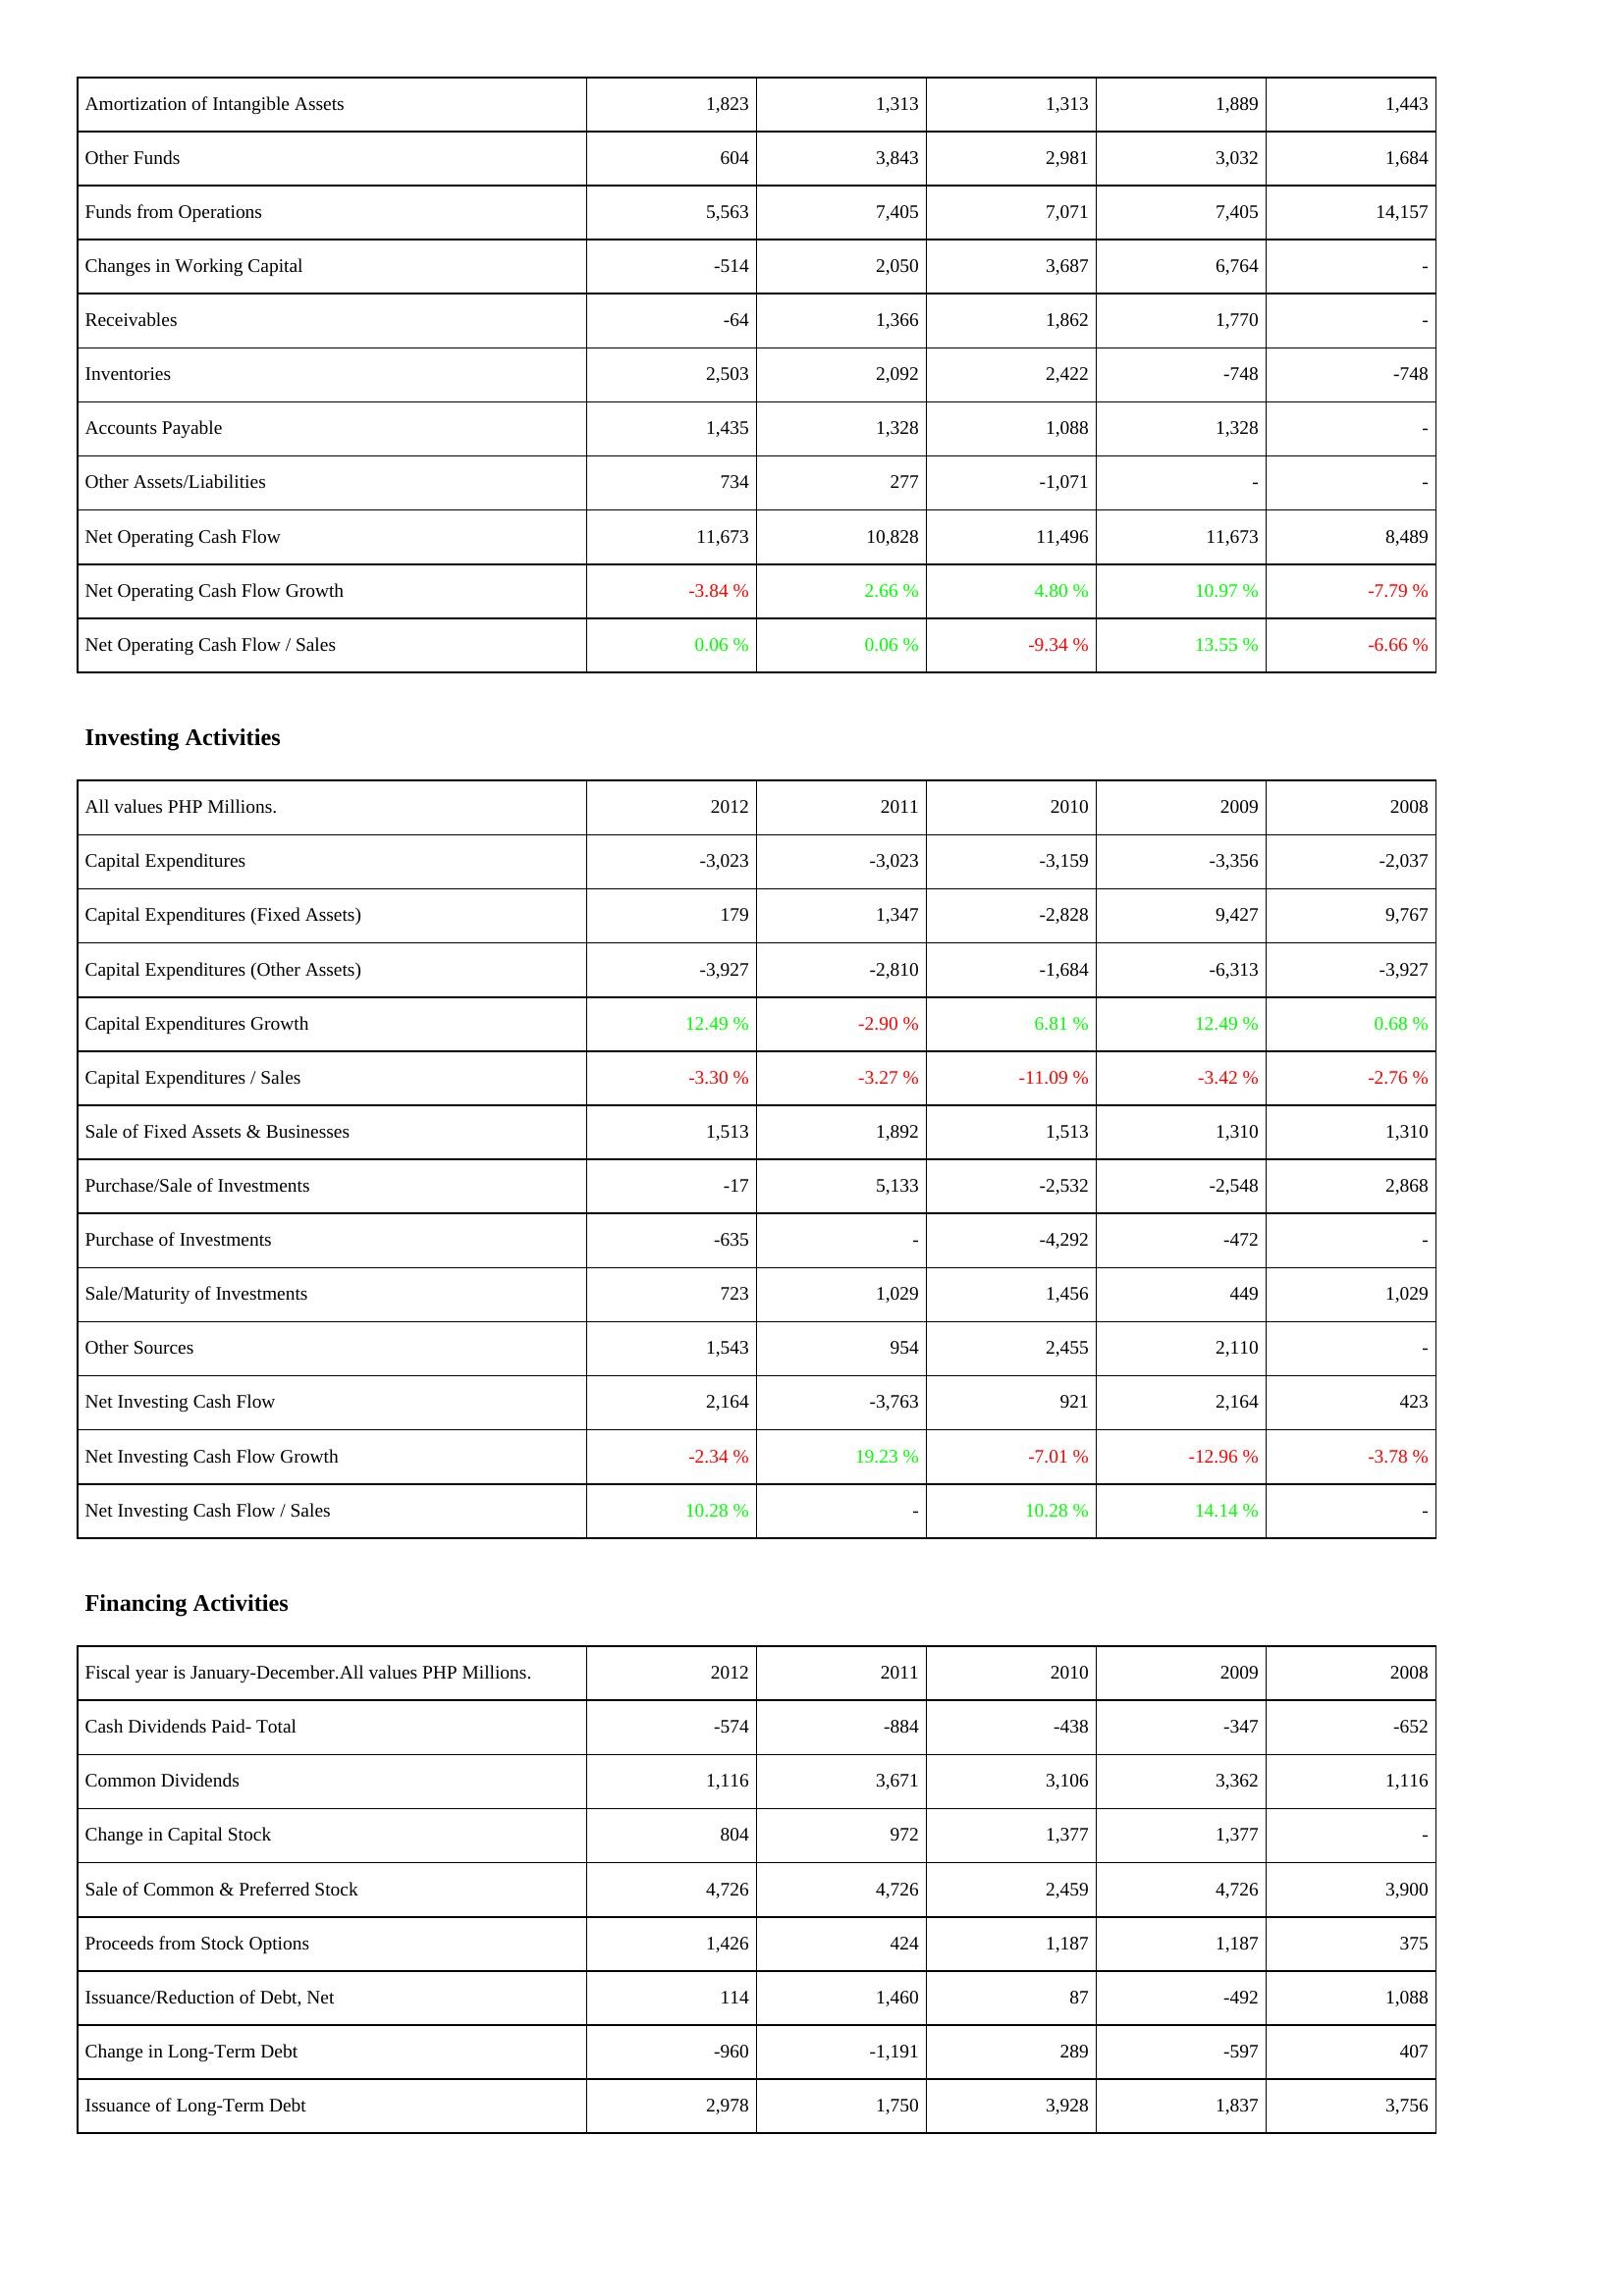
2012: Operating Activities: Amortization of Intangible Assets: 1,823
Other Funds: 604
Funds from Operations: 5,563
Changes in Working Capital: -514
Receivables: -64
Inventories: 2,503
Accounts Payable: 1,435
Other Assets/Liabilities: 734
Net Operating Cash Flow: 11,673
Net Operating Cash Flow Growth: -3.84 %
Net Operating Cash Flow / Sales: 0.06 %
Investing Activities: Capital Expenditures: -3,023
Capital Expenditures (Fixed Assets): 179
Capital Expenditures (Other Assets): -3,927
Capital Expenditures Growth: 12.49 %
Capital Expenditures / Sales: -3.30 %
Sale of Fixed Assets & Businesses: 1,513
Purchase/Sale of Investments: -17
Purchase of Investments: -635
Sale/Maturity of Investments: 723
Other Sources: 1,543
Net Investing Cash Flow: 2,164
Net Investing Cash Flow Growth: -2.34 %
Net Investing Cash Flow / Sales: 10.28 %
Financing Activities: Cash Dividends Paid- Total: -574
Common Dividends: 1,116
Change in Capital Stock: 804
Sale of Common & Preferred Stock: 4,726
Proceeds from Stock Options: 1,426
Issuance/Reduction of Debt, Net: 114
Change in Long-Term Debt: -960
Issuance of Long-Term Debt: 2,978
2011: Operating Activities: Amortization of Intangible Assets: 1,313
Other Funds: 3,843
Funds from Operations: 7,405
Changes in Working Capital: 2,050
Receivables: 1,366
Inventories: 2,092
Accounts Payable: 1,328
Other Assets/Liabilities: 277
Net Operating Cash Flow: 10,828
Net Operating Cash Flow Growth: 2.66 %
Net Operating Cash Flow / Sales: 0.06 %
Investing Activities: Capital Expenditures: -3,023
Capital Expenditures (Fixed Assets): 1,347
Capital Expenditures (Other Assets): -2,810
Capital Expenditures Growth: -2.90 %
Capital Expenditures / Sales: -3.27 %
Sale of Fixed Assets & Businesses: 1,892
Purchase/Sale of Investments: 5,133
Purchase of Investments: -
Sale/Maturity of Investments: 1,029
Other Sources: 954
Net Investing Cash Flow: -3,763
Net Investing Cash Flow Growth: 19.23 %
Net Investing Cash Flow / Sales: -
Financing Activities: Cash Dividends Paid- Total: -884
Common Dividends: 3,671
Change in Capital Stock: 972
Sale of Common & Preferred Stock: 4,726
Proceeds from Stock Options: 424
Issuance/Reduction of Debt, Net: 1,460
Change in Long-Term Debt: -1,191
Issuance of Long-Term Debt: 1,750
2010: Operating Activities: Amortization of Intangible Assets: 1,313
Other Funds: 2,981
Funds from Operations: 7,071
Changes in Working Capital: 3,687
Receivables: 1,862
Inventories: 2,422
Accounts Payable: 1,088
Other Assets/Liabilities: -1,071
Net Operating Cash Flow: 11,496
Net Operating Cash Flow Growth: 4.80 %
Net Operating Cash Flow / Sales: -9.34 %
Investing Activities: Capital Expenditures: -3,159
Capital Expenditures (Fixed Assets): -2,828
Capital Expenditures (Other Assets): -1,684
Capital Expenditures Growth: 6.81 %
Capital Expenditures / Sales: -11.09 %
Sale of Fixed Assets & Businesses: 1,513
Purchase/Sale of Investments: -2,532
Purchase of Investments: -4,292
Sale/Maturity of Investments: 1,456
Other Sources: 2,455
Net Investing Cash Flow: 921
Net Investing Cash Flow Growth: -7.01 %
Net Investing Cash Flow / Sales: 10.28 %
Financing Activities: Cash Dividends Paid- Total: -438
Common Dividends: 3,106
Change in Capital Stock: 1,377
Sale of Common & Preferred Stock: 2,459
Proceeds from Stock Options: 1,187
Issuance/Reduction of Debt, Net: 87
Change in Long-Term Debt: 289
Issuance of Long-Term Debt: 3,928
2009: Operating Activities: Amortization of Intangible Assets: 1,889
Other Funds: 3,032
Funds from Operations: 7,405
Changes in Working Capital: 6,764
Receivables: 1,770
Inventories: -748
Accounts Payable: 1,328
Other Assets/Liabilities: -
Net Operating Cash Flow: 11,673
Net Operating Cash Flow Growth: 10.97 %
Net Operating Cash Flow / Sales: 13.55 %
Investing Activities: Capital Expenditures: -3,356
Capital Expenditures (Fixed Assets): 9,427
Capital Expenditures (Other Assets): -6,313
Capital Expenditures Growth: 12.49 %
Capital Expenditures / Sales: -3.42 %
Sale of Fixed Assets & Businesses: 1,310
Purchase/Sale of Investments: -2,548
Purchase of Investments: -472
Sale/Maturity of Investments: 449
Other Sources: 2,110
Net Investing Cash Flow: 2,164
Net Investing Cash Flow Growth: -12.96 %
Net Investing Cash Flow / Sales: 14.14 %
Financing Activities: Cash Dividends Paid- Total: -347
Common Dividends: 3,362
Change in Capital Stock: 1,377
Sale of Common & Preferred Stock: 4,726
Proceeds from Stock Options: 1,187
Issuance/Reduction of Debt, Net: -492
Change in Long-Term Debt: -597
Issuance of Long-Term Debt: 1,837
2008: Operating Activities: Amortization of Intangible Assets: 1,443
Other Funds: 1,684
Funds from Operations: 14,157
Changes in Working Capital: -
Receivables: -
Inventories: -748
Accounts Payable: -
Other Assets/Liabilities: -
Net Operating Cash Flow: 8,489
Net Operating Cash Flow Growth: -7.79 %
Net Operating Cash Flow / Sales: -6.66 %
Investing Activities: Capital Expenditures: -2,037
Capital Expenditures (Fixed Assets): 9,767
Capital Expenditures (Other Assets): -3,927
Capital Expenditures Growth: 0.68 %
Capital Expenditures / Sales: -2.76 %
Sale of Fixed Assets & Businesses: 1,310
Purchase/Sale of Investments: 2,868
Purchase of Investments: -
Sale/Maturity of Investments: 1,029
Other Sources: -
Net Investing Cash Flow: 423
Net Investing Cash Flow Growth: -3.78 %
Net Investing Cash Flow / Sales: -
Financing Activities: Cash Dividends Paid- Total: -652
Common Dividends: 1,116
Change in Capital Stock: -
Sale of Common & Preferred Stock: 3,900
Proceeds from Stock Options: 375
Issuance/Reduction of Debt, Net: 1,088
Change in Long-Term Debt: 407
Issuance of Long-Term Debt: 3,756